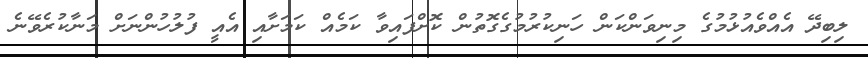
ލިބިދޭ އެއްވެއުޅުމުގެ މިނިވަންކަން ހަނިކުރުމުގެގޮތުން ކޮށްފައިވާ ކަމެއް ކަމަށާއި އެއީ ފުލުހުންނަށް މަނާކުރެވޭނެ